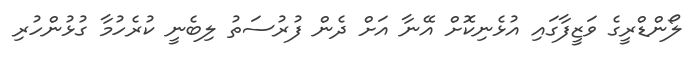
ލޯންޑްރީގެ ވަޒީފާގައި އުޅެނިކޮށް އޭނާ އަށް ދެން ފުރުސަތު ލިބެނީ ކުރެހުމާ ގުޅުންހުރި